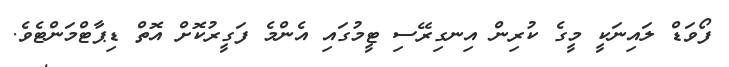
ފޯވަޑް ލައިނަކީ މީގެ ކުރިން އިނގިރޭސި ޓީމުގައި އެންމެ ފަގީރުކޮށް އޮތް ޑިޕާޓްމަންޓެވެ.